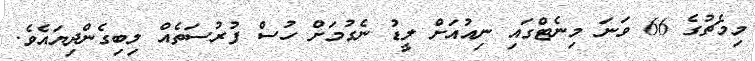
މިމެޗުގެ 66 ވަނަ މިނެޓްގައި ނިއުއަށް ލީޑު ނެގުމަށް ހުސް ފުރުސަތެއް ލިބިގެންދިޔައެވެ.